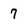
Character: 7